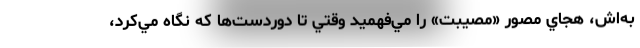
به‌اش، هجاي مصور «مصيبت» را مي‌فهميد وقتي تا دوردست‌ها كه نگاه مي‌كرد،